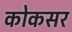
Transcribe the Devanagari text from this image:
कोकसर